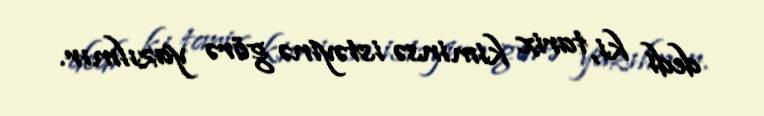
dedi ki, tarix kiminsə istəyinə görə yazılmır.